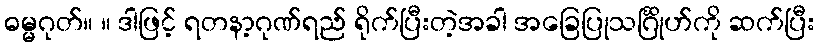
ဓမ္မဂုတ်။ ။ ဒါဖြင့် ရတနာ့ဂုဏ်ရည် ရိုက်ပြီးတဲ့အခါ အခြေပြုသင်္ဂြိုဟ်ကို ဆက်ပြီး